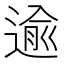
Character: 逾